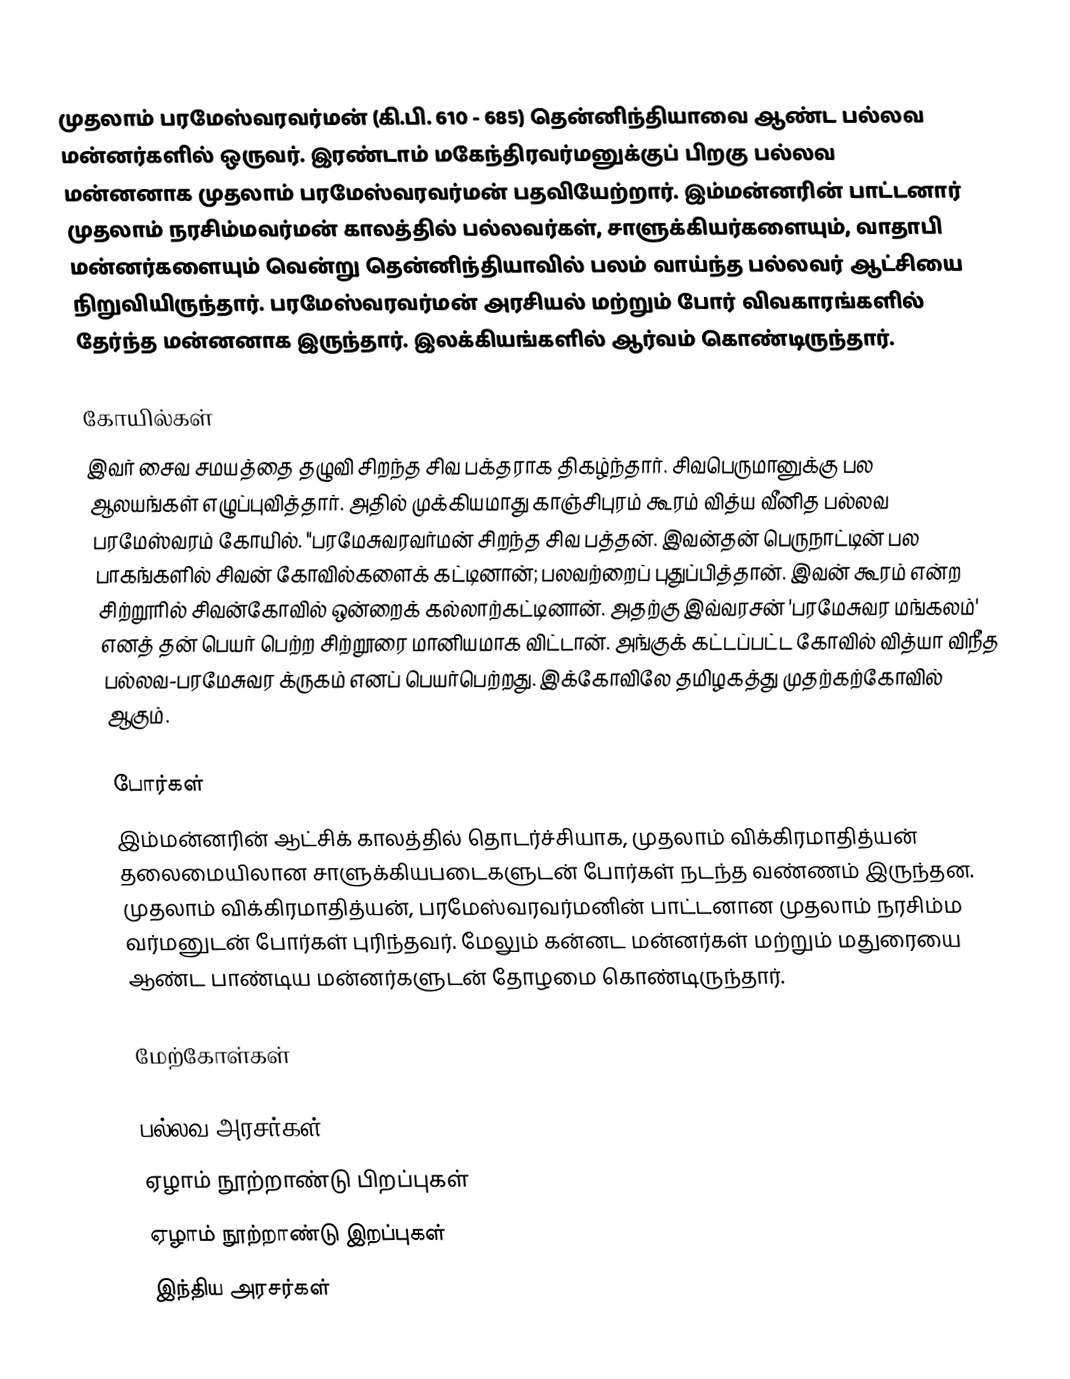
முதலாம் பரமேஸ்வரவர்மன் (கி.பி. 610 - 685) தென்னிந்தியாவை ஆண்ட பல்லவ மன்னர்களில் ஒருவர். இரண்டாம் மகேந்திரவர்மனுக்குப் பிறகு பல்லவ மன்னனாக முதலாம் பரமேஸ்வரவர்மன் பதவியேற்றார். இம்மன்னரின் பாட்டனார்  முதலாம் நரசிம்மவர்மன் காலத்தில் பல்லவர்கள், சாளுக்கியர்களையும், வாதாபி மன்னர்களையும் வென்று தென்னிந்தியாவில் பலம் வாய்ந்த பல்லவர் ஆட்சியை நிறுவியிருந்தார். பரமேஸ்வரவர்மன் அரசியல் மற்றும் போர் விவகாரங்களில் தேர்ந்த மன்னனாக இருந்தார். இலக்கியங்களில் ஆர்வம் கொண்டிருந்தார்.

கோயில்கள்
இவர் சைவ சமயத்தை தழுவி சிறந்த சிவ பக்தராக திகழ்ந்தார். சிவபெருமானுக்கு பல ஆலயங்கள் எழுப்புவித்தார். அதில் முக்கியமாது காஞ்சிபுரம் கூரம் வித்ய வீனித பல்லவ பரமேஸ்வரம் கோயில். "பரமேசுவரவர்மன் சிறந்த சிவ பத்தன். இவன்தன் பெருநாட்டின் பல பாகங்களில் சிவன் கோவில்களைக் கட்டினான்; பலவற்றைப் புதுப்பித்தான். இவன் கூரம் என்ற சிற்றூரில் சிவன்கோவில் ஒன்றைக் கல்லாற்கட்டினான். அதற்கு இவ்வரசன் 'பரமேசுவர மங்கலம்' எனத் தன் பெயர் பெற்ற சிற்றூரை மானியமாக விட்டான். அங்குக் கட்டப்பட்ட கோவில் வித்யா விநீத பல்லவ-பரமேசுவர க்ருகம் எனப் பெயர்பெற்றது. இக்கோவிலே தமிழகத்து முதற்கற்கோவில் ஆகும்.

போர்கள்
இம்மன்னரின் ஆட்சிக் காலத்தில் தொடர்ச்சியாக, முதலாம் விக்கிரமாதித்யன் தலைமையிலான சாளுக்கியபடைகளுடன் போர்கள் நடந்த வண்ணம் இருந்தன. முதலாம் விக்கிரமாதித்யன், பரமேஸ்வரவர்மனின் பாட்டனான முதலாம் நரசிம்ம வர்மனுடன் போர்கள் புரிந்தவர். மேலும் கன்னட மன்னர்கள் மற்றும் மதுரையை ஆண்ட பாண்டிய மன்னர்களுடன் தோழமை கொண்டிருந்தார்.

மேற்கோள்கள்

பல்லவ அரசர்கள்
ஏழாம் நூற்றாண்டு பிறப்புகள்
ஏழாம் நூற்றாண்டு இறப்புகள்
இந்திய அரசர்கள்